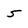
Character: 5